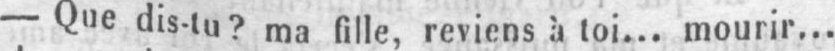
- Que dis-tu? ma fille, reviens à toi... mourir...